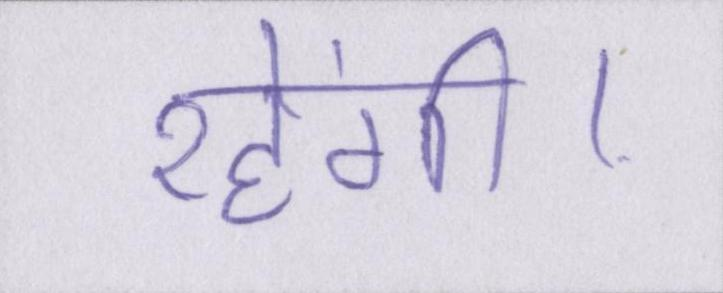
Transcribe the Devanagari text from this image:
रहेंगी।